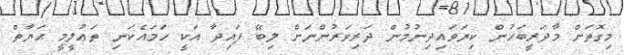
މިގޮތަށް މާދަރީބަހުން ކިޔަވައިދިނުމުން ދަރިވަރުންނަށް ލިބޭ ފައިދާ އަކީ ހަމައެކަނި ތަޢުލީމީ ޙަޔާތް